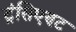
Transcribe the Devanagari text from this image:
ट्रंसिएण्ट